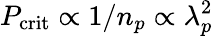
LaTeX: P_{\mathrm{crit}}\propto 1/n_{p}\propto\lambda_{p}^{2}